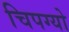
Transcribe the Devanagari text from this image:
चिपग्यो